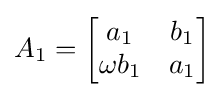
A_{1}={\begin{bmatrix}a_{1}&b_{1}\\\omega b_{1}&a_{1}\end{bmatrix}}